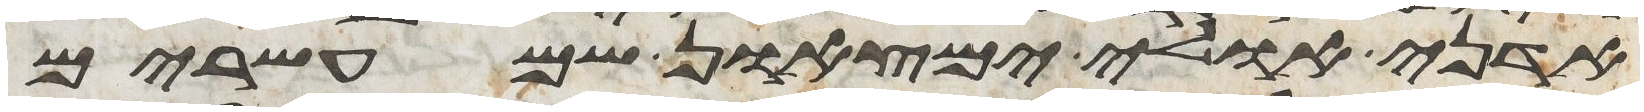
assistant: אדני אולי ימצאון שם עשרים